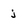
Character: j